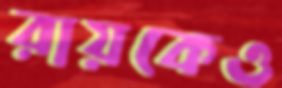
রায়কেও